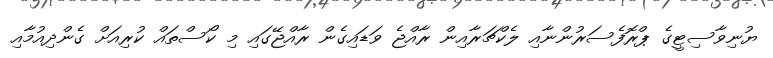
ޔުނިވާސިޓީގެ ޕްރޮފެސަރުންނާއި ލެކްޗަރާއިން ރާއްޖެ ވަޑައިގެން ރާއްޖޭގައި މި ކޯސްތައް ކުރިއަށް ގެންދިއުމާއި